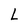
Character: L